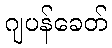
ဂျပန်ခေတ်